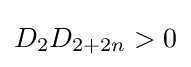
D_{2}D_{2+2n}>0